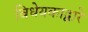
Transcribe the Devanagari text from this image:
विधेयकाद्वारे